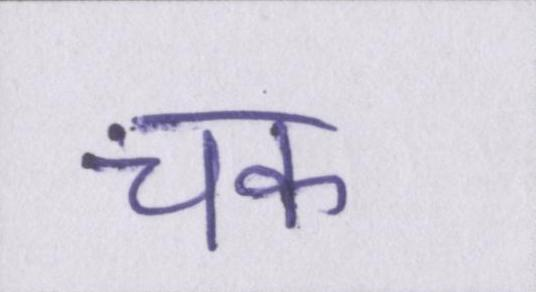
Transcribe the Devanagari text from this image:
चक